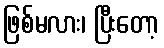
ဖြစ်မလား၊ ပြီးတော့